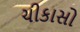
ચીકાસો